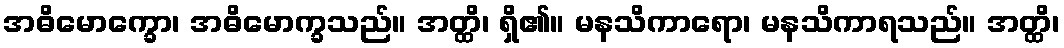
အဓိမောက္ခော၊ အဓိမောက္ခသည်။ အတ္ထိ၊ ရှိ၏။ မနသိကာရော၊ မနသိကာရသည်။ အတ္ထိ၊